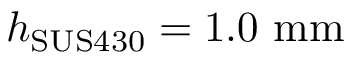
h _ { \mathrm { S U S 4 3 0 } } = 1 . 0 \ \mathrm { m m }